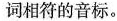
词相符的音标。